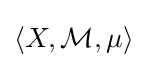
\left\langle X,{\mathcal {M}},\mu \right\rangle